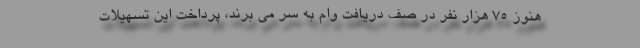
هنوز ۷۵ هزار نفر در صف دریافت وام به سر می برند، پرداخت این تسهیلات